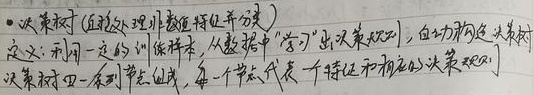
• 决策树 (直接处理非数值特征并分类)
定义: 利用一定的训练样本, 从数据中 “学习” 出决策规则, 自动构造决策树
决策树由一系列节点组成, 每一个节点代表一个特征和相应的决策规则